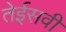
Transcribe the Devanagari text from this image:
तेईसवी